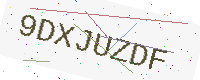
Text: 9DXJUZDF